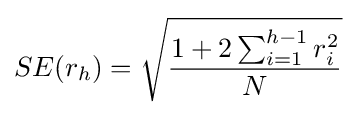
SE(r_{h})={\sqrt {\frac {1+2\sum _{i=1}^{h-1}r_{i}^{2}}{N}}}